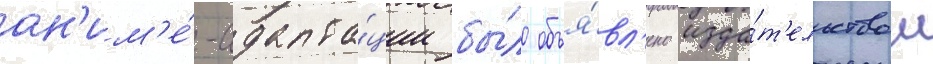
ан'им'е́-адапта́ции бы́ло объя́вл'ено изда́т'ельством